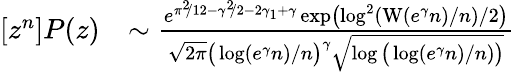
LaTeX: \begin{array}{rl}{[z^{n}]P(z)}&{\sim\frac{e^{\pi^{2}\! /12-\gamma^{2}\! /2-2\gamma_{1}+\gamma}\exp\left(\log^{2}(\operatorname{W}(e^{\gamma}n)/n)/2\right)}{\sqrt{2\pi}\big(\log(e^{\gamma}n)/n\big)^{\gamma}\sqrt{\log\big(\log(e^{\gamma}n)/n)\big)}}}\end{array}